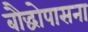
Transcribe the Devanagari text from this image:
बौद्धोपासना